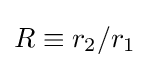
R\equiv r_{2}/r_{1}